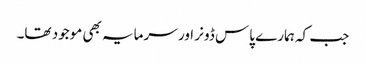
جب کہ ہمارے پاس ڈونر اور سرمایہ بھی موجود تھا۔